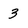
Character: 3